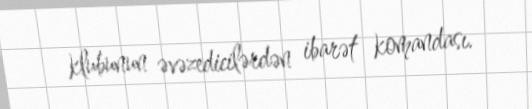
klubunun əvəzedicilərdən ibarət komandası.